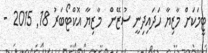
ޓީމަކަށް މާޒިޔާ ހަދައިދިނީ ސުޒޭން  މާޒިޔާ އޮކްޓޯބަރު 18